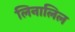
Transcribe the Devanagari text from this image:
लिनालिल